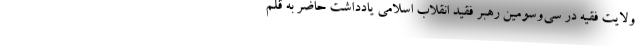
ولایت فقیه در سی‌و‌سومین رهبر فقید انقلاب اسلامی یادداشت حاضر به قلم